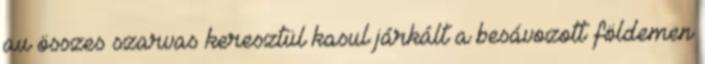
au összes szarvas keresztül kasul járkált a besávozott földemen